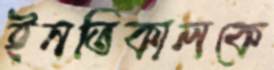
ইনতিকালকে